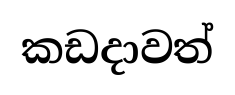
කඩදාවත්